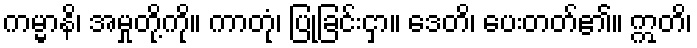
ကမ္မာနိ၊ အမှုတို့ကို။ ကာတုံ၊ ပြုခြင်းငှာ။ ဒေတိ၊ ပေးတတ်၏။ ဣတိ၊